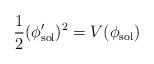
LaTeX: \begin{align*}\frac{1}{2}(\phi_{\rm sol}')^{2}=V(\phi_{\rm sol})\end{align*}